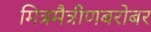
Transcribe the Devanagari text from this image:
मित्रमैत्रीणबरोबर